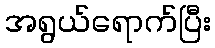
အရွယ်ရောက်ပြီး